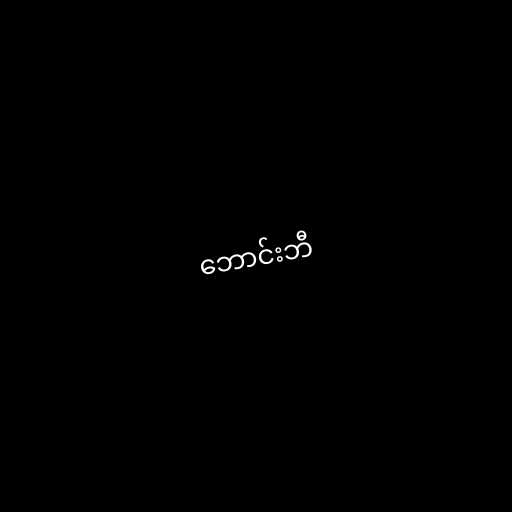
ဘောင်းဘီ